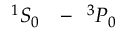
^ { 1 } { S } _ { 0 } \mathrm { ~ \ensuremath ~ { ~ - ~ } ~ } ^ { 3 } { P } _ { 0 }